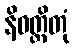
နိဝတ္တိတုံ